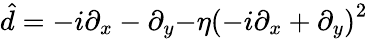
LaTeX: \hat{d}={-i\partial_{x}-\partial_{y}{-\eta\left(-i\partial_{x}+\partial_{y}\right)^{2}}}